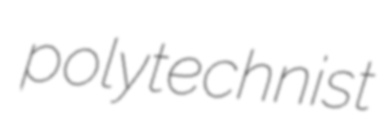
polytechnist